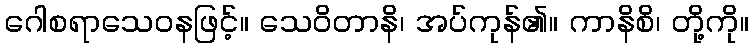
ဂေါစရာသေဝနဖြင့်။ သေဝိတာနိ၊ အပ်ကုန်၏။ ကာနိစိ၊ တို့ကို။